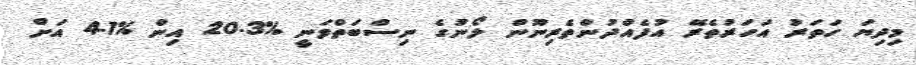
މިދިޔަ ހަތަރު އަހަރުތެރޭ އުފެއްދުންތެރިނޫން ލޯނުގެ ނިސްބަތްވަނީ %20.3 އިން %4.1 އަށް